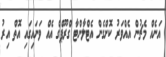
އަނެއް މެޗުން އެއްވަރު ކޮށްގެން އެޓްލާންޓާ ގްރޫޕްގެ އެއް ވަނައިގައި އޮތް އިރު